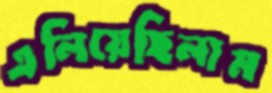
এলিয়েছিলাম